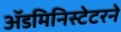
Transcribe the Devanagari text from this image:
ॲडमिनिस्टेटरने